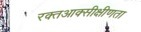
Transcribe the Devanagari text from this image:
रक्तआक्सीक्षीणता